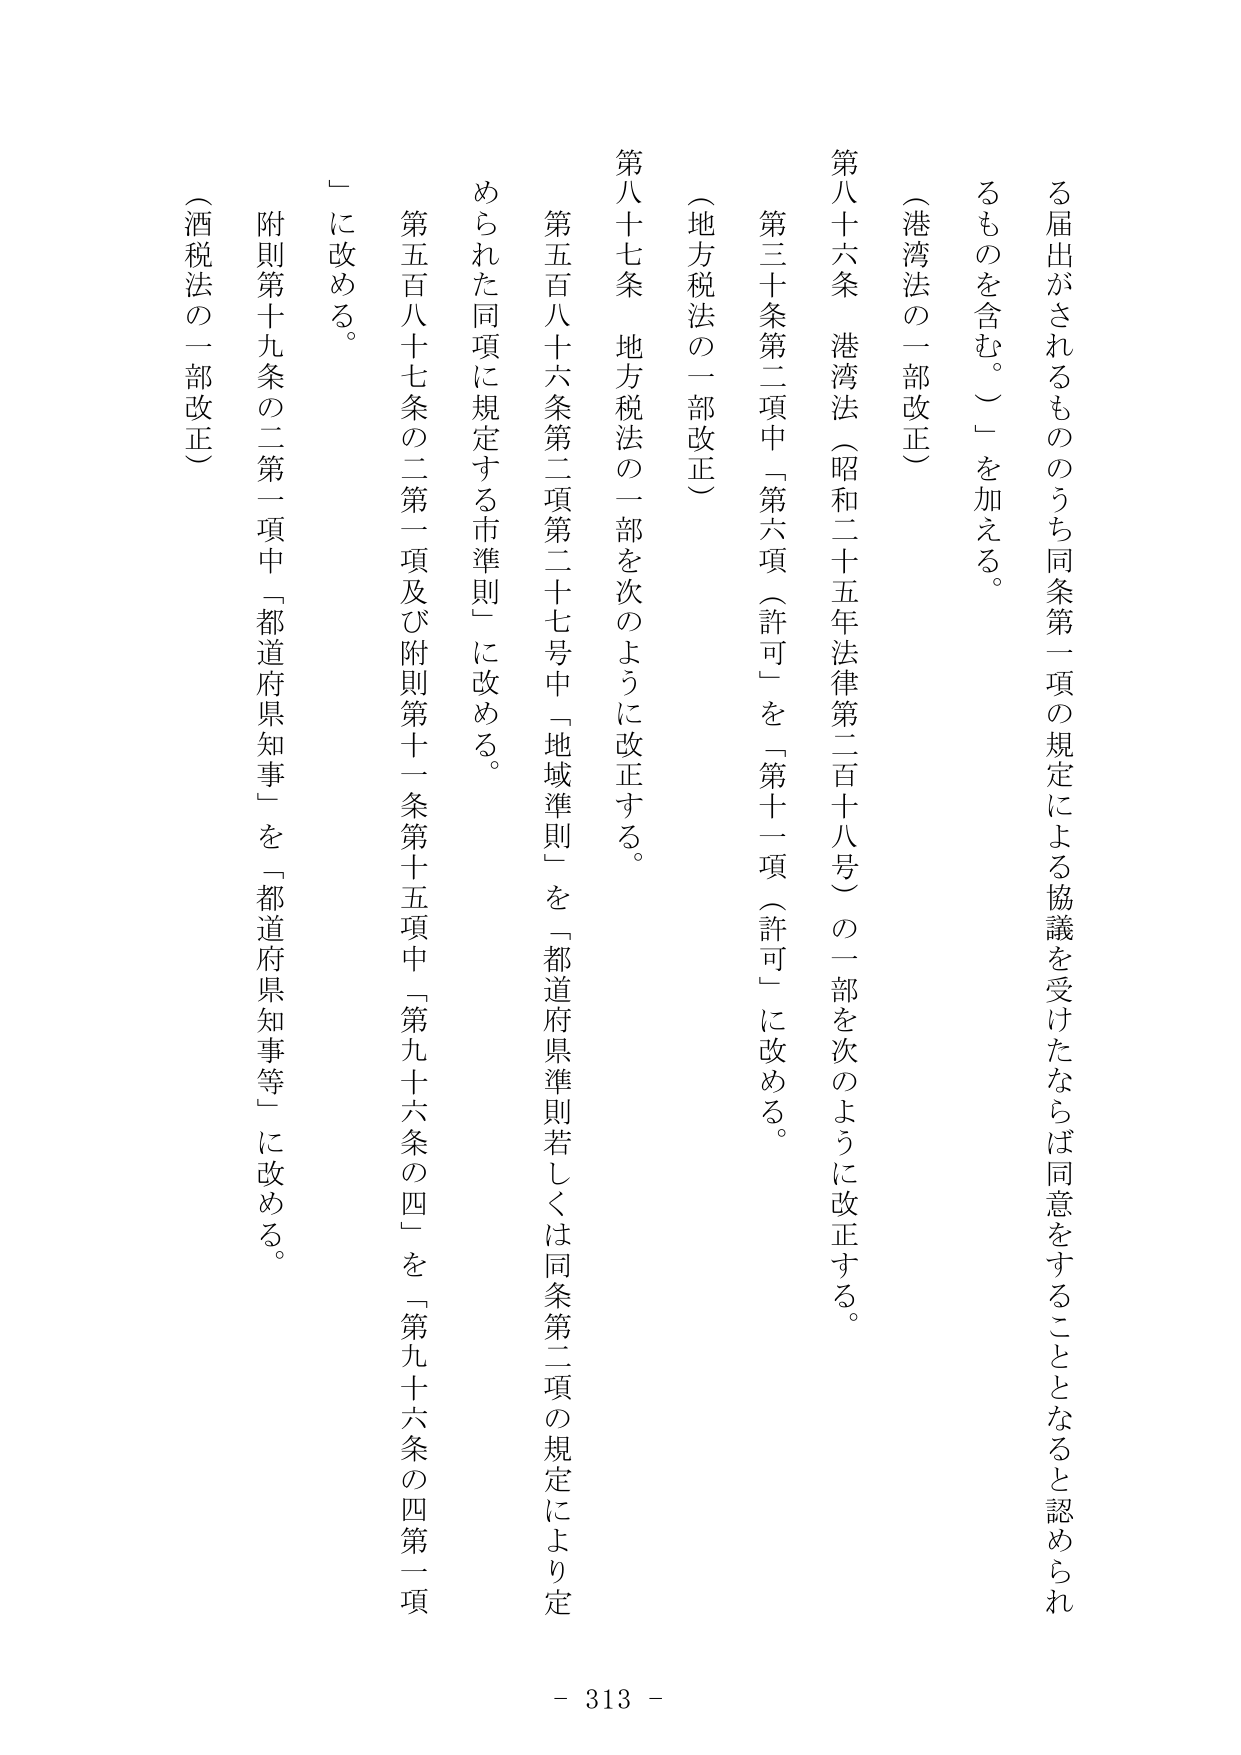
る届出がされるもののうち同条第一項の規定による協議を受けたならば同意をすることとなると認められるものを含む。」を加える。

（港湾法の一部改正）

第八十六条 港湾法（昭和二十五年法律第二百十八号）の一部を次のように改正する。

第三十条第二項中「第六項（許可）」を「第十一項（許可）」に改める。

（地方税法の一部改正）

第八十七条 地方税法の一部を次のように改正する。

第五百八十六条第二項第二十七号中「地域準則」を「都道府県準則若しくは同条第二項の規定により定められた同項に規定する市準則」に改める。

第五百八十七条の二第一項及び附則第十一条第十五項中「第九十六条の四」を「第九十六条の四第一項」に改める。

附則第十九条の二第一項中「都道府県知事」を「都道府県知事等」に改める。

（酒税法の一部改正）

- 313 -